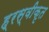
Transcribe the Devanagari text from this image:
ह्रस्वीकृत